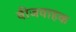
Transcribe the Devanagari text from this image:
वीजवाहक